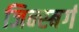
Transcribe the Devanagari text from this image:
जिन्स्बर्ग